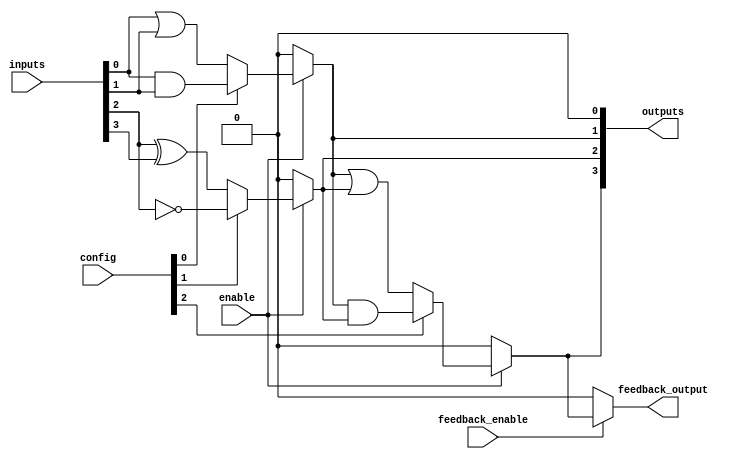
module CLB (
    input wire [3:0] inputs,           // 4 input lines
    input wire [2:0] config,           // Configuration bits for LFUs
    input wire enable,                  // Enable signal
    input wire feedback_enable,         // Feedback enable signal
    output wire [3:0] outputs,          // 4 output lines
    output wire feedback_output         // Feedback output
);

// Internal signals for LFUs
wire lf1_out, lf2_out, lf3_out;

// Logic Function Units (LFUs)
assign lf1_out = enable ? (config[0] ? (inputs[0] & inputs[1]) : (inputs[0] | inputs[1])) : 1'b0; // AND/OR
assign lf2_out = enable ? (config[1] ? ~inputs[2] : (inputs[2] ^ inputs[3])) : 1'b0; // NOT/XOR
assign lf3_out = enable ? (config[2] ? (lf1_out & lf2_out) : (lf1_out | lf2_out)) : 1'b0; // AND/OR between LFUs

// Feedback path
assign feedback_output = feedback_enable ? lf3_out : 1'b0;

// Output lines
assign outputs = {lf3_out, lf2_out, lf1_out, 1'b0}; // Example output assignment

endmodule